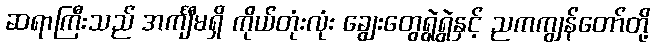
ဆရာကြီးသည် အင်္ကျီမရှိ ကိုယ်တုံးလုံး ချွေးတွေရွဲရွဲနှင့် ညကကျွန်တော်တို့